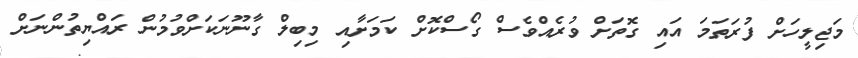
މަޖިލީހަށް ފުރަތަމަ އައި ގޮތަށް ވުރެއްވެސް ގޯސްކޮށް ކަމަށާއި މިބިލް ގާނޫނަކަށްވުމުން ރައްޔިތުންނަށް